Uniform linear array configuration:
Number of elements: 12
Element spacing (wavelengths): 0.75
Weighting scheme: hamming
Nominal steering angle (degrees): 15
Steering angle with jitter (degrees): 14.217
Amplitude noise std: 0.05
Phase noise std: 0.05

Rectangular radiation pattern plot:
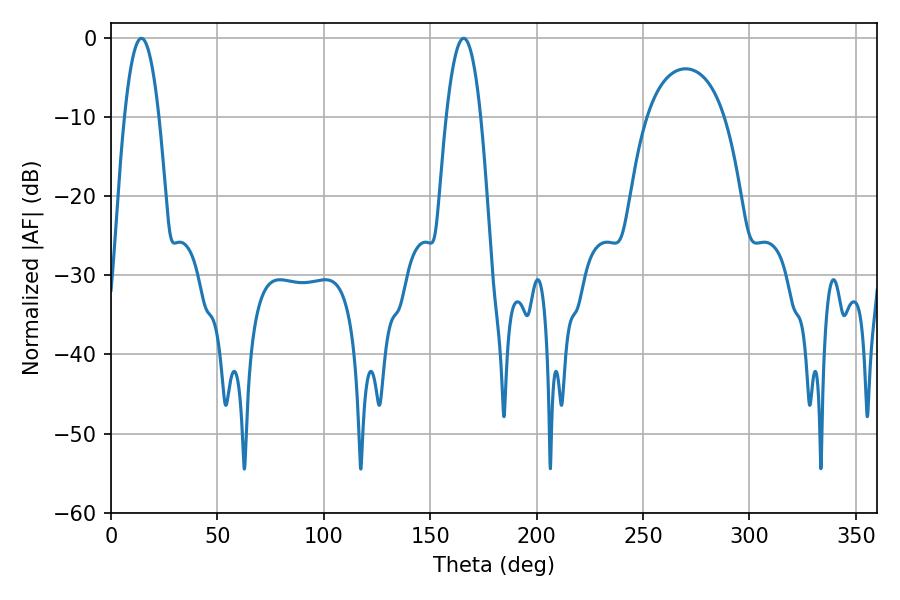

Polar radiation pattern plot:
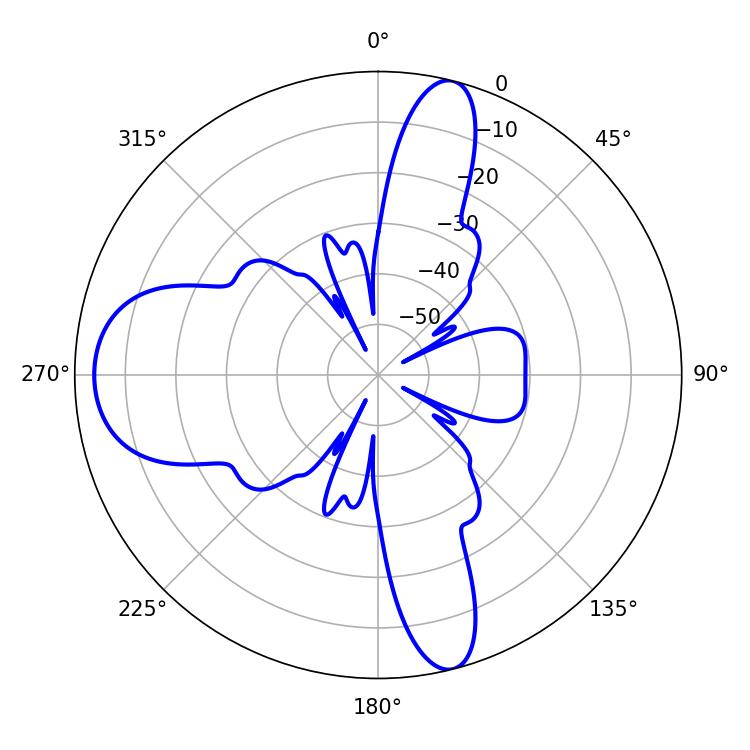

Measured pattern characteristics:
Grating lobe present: TRUE
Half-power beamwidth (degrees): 8.82
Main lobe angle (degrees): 14.22